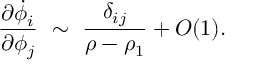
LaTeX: { \frac { \partial \dot { \phi } _ { i } } { \partial \phi _ { j } } } ~ \sim ~ { \frac { \delta _ { i j } } { \rho - \rho _ { 1 } } } + { \cal { O } } ( 1 ) .